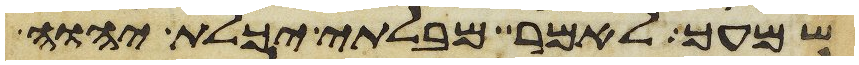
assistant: שמעך לאמר מבלתי יכלת יהוה